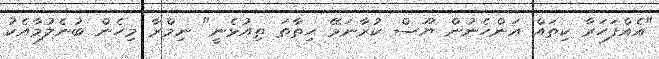
"އެއްފަހަރާ ކިތައް އަންހެނުން ޔޫސް ކުރާނަމޭ ހިތާތަ ތިއުޅެނީ" ނިމްރާ މިހެން ބުނެލުމާއެކު